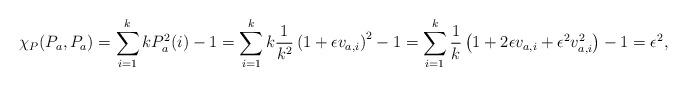
LaTeX: \begin{align*}\chi_P(P_a,P_a) &= \sum_{i=1}^k kP_a^2(i) - 1 = \sum_{i=1}^k k \frac{1}{k^2} \left( 1 + \epsilon v_{a,i} \right)^2 - 1= \sum_{i=1}^k \frac{1}{k} \left( 1 + 2\epsilon v_{a,i} + \epsilon^2 v_{a,i}^2 \right) - 1 = \epsilon^2,\end{align*}